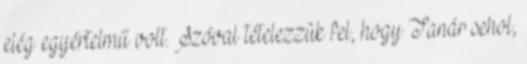
elég egyértelmű volt. Szóval tételezzük fel, hogy Tanár sehol,